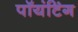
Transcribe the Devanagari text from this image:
पॉयंटिंग